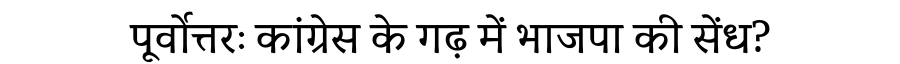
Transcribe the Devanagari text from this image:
पूर्वोत्तरः कांग्रेस के गढ़ में भाजपा की सेंध?